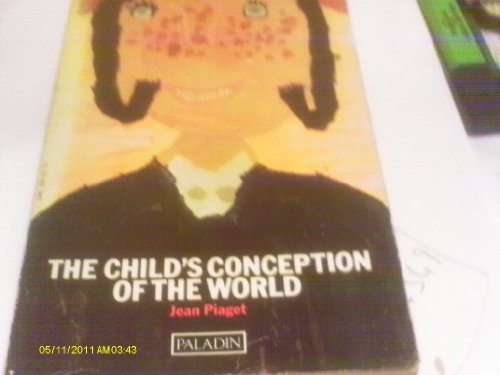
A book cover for Child's Conception of the World; Jean Piaget; Parenting & Relationships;